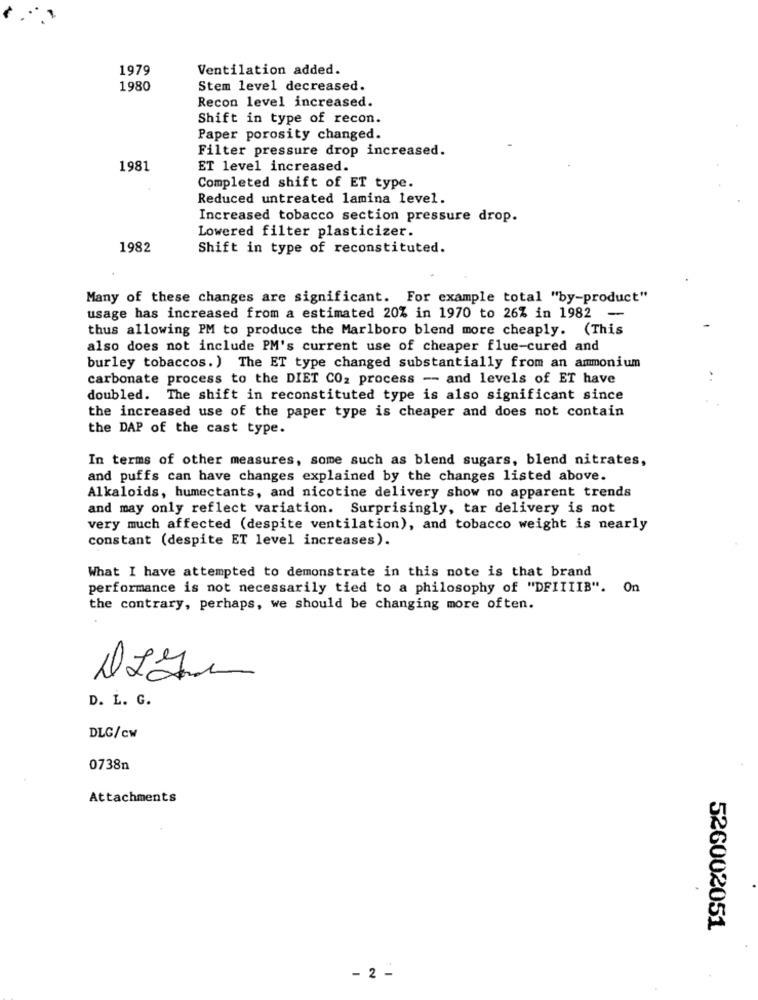
1979
Ventilation added.
1980
Stem level decreased.
Recon level increased.
Shift in type of recon.
Paper porosity changed.
Filter pressure drop increased.
1981
ET level increased.
Completed shift of ET type.
Reduced untreated lamina level.
Increased tobacco section pressure drop.
Lowered filter plasticizer.
1982
Shift in type of reconstituted.
Many of these changes are significant. For example total "by-product"
usage has increased from a estimated 20% in 1970 to 26% in 1982 --
thus allowing PM to produce the Marlboro blend more cheaply. (This
also does not include PM's current use of cheaper flue-cured and
burley tobaccos. ) The ET type changed substantially from an ammonium
carbonate process to the DIET CO2 process -- and levels of ET have
doubled. The shift in reconstituted type is also significant since
the increased use of the paper type is cheaper and does not contain
the DAP of the cast type.
In terms of other measures, some such as blend sugars, blend nitrates,
and puffs can have changes explained by the changes listed above.
Alkaloids, humectants, and nicotine delivery show no apparent trends
and may only reflect variation. Surprisingly, tar delivery is not
very much affected (despite ventilation), and tobacco weight is nearly
constant (despite ET level increases).
What I have attempted to demonstrate in this note is that brand
performance is not necessarily tied to a philosophy of "DFIIIIB". On
the contrary, perhaps, we should be changing more often.
D. L. G.
DLG/Cw
0738n
Attachments
526002051
- 2 -